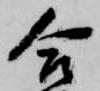
合